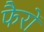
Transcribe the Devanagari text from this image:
फैरों